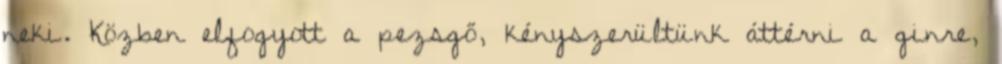
neki. Közben elfogyott a pezsgő, kényszerültünk áttérni a ginre,